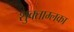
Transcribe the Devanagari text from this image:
शुक्ताम्लका